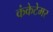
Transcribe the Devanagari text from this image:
कंकेटेमर